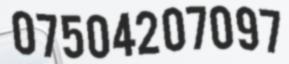
07504207097